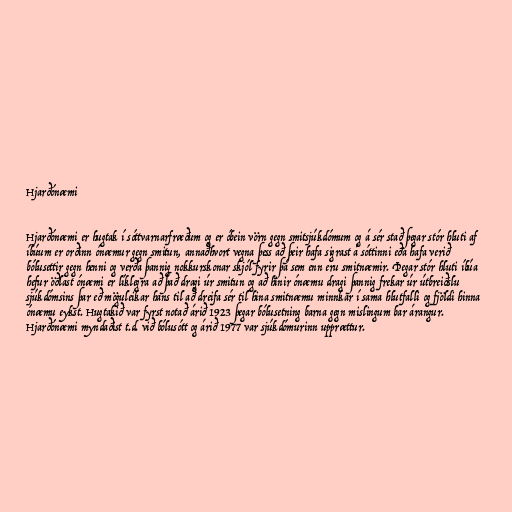
Hjarðónæmi

Hjarðónæmi er hugtak í sóttvarnarfræðum og er óbein vörn gegn smitsjúkdómum og á sér stað þegar stór hluti af
íbúum er orðinn ónæmur gegn smitun, annaðhvort vegna þess að þeir hafa sigrast á sóttinni eða hafa verið
bólusettir gegn henni og verða þannig nokkurskonar skjól fyrir þá sem enn eru smitnæmir. Þegar stór hluti íbúa
hefur öðlast ónæmi er líklegra að það dragi úr smitun og að hinir ónæmu dragi þannig frekar úr útbreiðslu
sjúkdómsins þar eð möguleikar hans til að dreifa sér til hina smitnæmu minnkar í sama hlutfalli og fjöldi hinna
ónæmu eykst. Hugtakið var fyrst notað árið 1923 þegar bólusetning barna gegn mislingum bar árangur.
Hjarðónæmi myndaðist t.d. við bólusótt og árið 1977 var sjúkdómurinn upprættur.